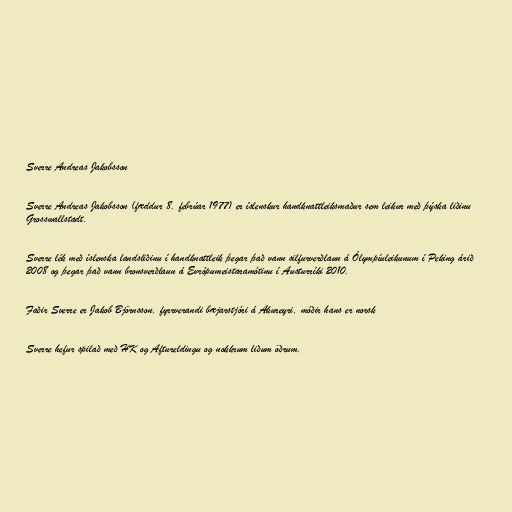
Sverre Andreas Jakobsson

Sverre Andreas Jakobsson (fæddur 8. febrúar 1977) er íslenskur handknattleiksmaður sem leikur með þýska liðinu
Grosswallstadt.

Sverre lék með íslenska landsliðinu í handknattleik þegar það vann silfurverðlaun á Ólympíuleikunum í Peking árið
2008 og þegar það vann bronsverðlaun á Evrópumeistaramótinu í Austurríki 2010.

Faðir Sverre er Jakob Björnsson, fyrrverandi bæjarstjóri á Akureyri, móðir hans er norsk

Sverre hefur spilað með HK og Aftureldingu og nokkrum liðum öðrum.